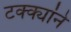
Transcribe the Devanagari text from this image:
टक्क्यांने